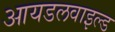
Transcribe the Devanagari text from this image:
आयडलवाइल्ड